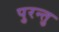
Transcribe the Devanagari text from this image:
पुरन्तु